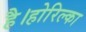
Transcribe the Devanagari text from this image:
है।होरिल्का